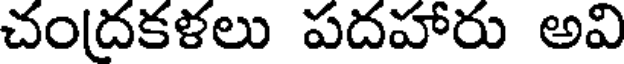
చంద్రకళలు పదహారు అవి